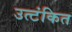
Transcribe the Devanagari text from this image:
उत्टंकित